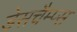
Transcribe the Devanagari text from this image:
डेसचैम्प्स